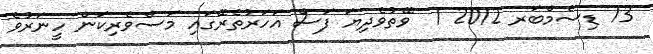
13 ޑިސެމްބަރ 2012 1  ވޭތުވެދިޔަ ފަސް އަހަރުތެރޭގައި މަސްވެރިކަން ހީނަރުވެ